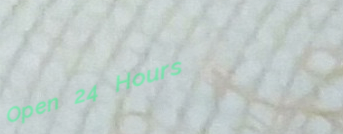
Open 24 Hours